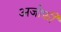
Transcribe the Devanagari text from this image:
अजोफ़ी